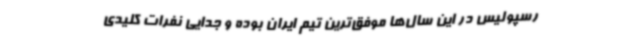
رسپولیس در این سال‌ها موفق‌ترین تیم ایران بوده و جدایی نفرات کلیدی